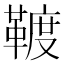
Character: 䩲